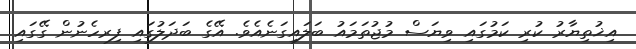
އިޚުތިޔާރު ކުރި ކަމުގައި ވިޔަސް މުޖުތަމައު ބަލައިގަނެއެވެ. އޭގެ ބަދަލުގައި ފިރހެނުން ގޭގައި